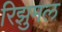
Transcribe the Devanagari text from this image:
रिझुमल